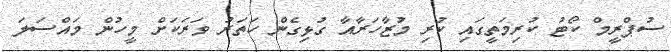
ސުޕްރީމް ކޯޓު ކުރިމަތީގައި ކުރި މުޒާހަރާއާ ގުޅިގެން ހަތަރު ވަރަކަށް މީހުން މައްސަލަ